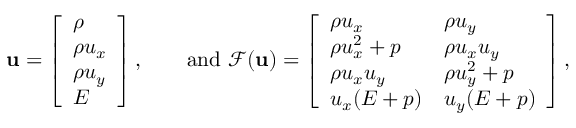
\mathbf { u } = \left[ \begin{array} { l } { \rho } \\ { \rho u _ { x } } \\ { \rho u _ { y } } \\ { E } \end{array} \right] , \qquad \mathrm { a n d } ~ \mathcal F ( \mathbf { u } ) = \left[ \begin{array} { l l } { \rho u _ { x } } & { \rho u _ { y } } \\ { \rho u _ { x } ^ { 2 } + p } & { \rho u _ { x } u _ { y } } \\ { \rho u _ { x } u _ { y } } & { \rho u _ { y } ^ { 2 } + p } \\ { u _ { x } ( E + p ) } & { u _ { y } ( E + p ) } \end{array} \right] ,